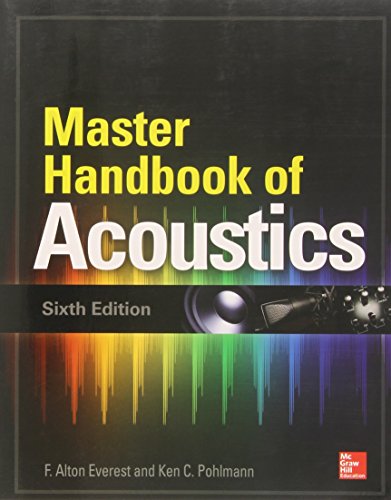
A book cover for Master Handbook of Acoustics, Sixth Edition; F. Alton Everest; Computers & Technology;